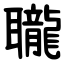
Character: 䏊